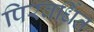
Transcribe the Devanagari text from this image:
पिरवर्धित